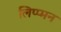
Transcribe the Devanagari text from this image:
लिप्प्मन